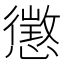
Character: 懲